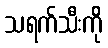
သရက်သီးကို